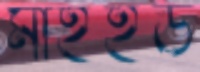
মাইইউ